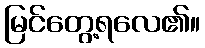
မြင်တွေ့ရလေ၏။